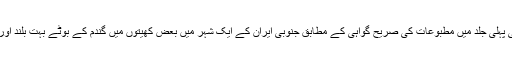
اگرچہ عام طورپر گندم کی بالی میں کئی سودانے بہت کم نظر آتے ہیں لیکن جیساکہ اس تفسیر کی پہلی جلد میں مطبوعات کی صریح گواہی کے مطابق جنوبی ایران کے ایک شہر میں بعض کھیتوں میں گندم کے بوٹے بہت بلند اورپُر خوشہ دیکھے گئے ہیں یہاں تک کہ بعض اوقات ایک بوٹے میں چار ہزار دانے موجود تھے ۔